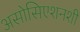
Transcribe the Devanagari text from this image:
असोसिएशनशी